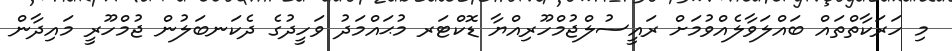
މި ހަރަކާތްތައް ބައްލަވާލެއްވުމަށް ރައީސުލްޖުމްހޫރިއްޔާ ޑޮކްޓަރ މުޙައްމަދު ވަހީދުގެ ދެކަނބަލުން ޖުމްހޫރީ މައިދާން